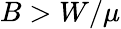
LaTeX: B>W/\mu